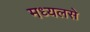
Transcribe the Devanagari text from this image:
मध्यलसे